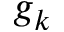
g _ { k }